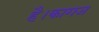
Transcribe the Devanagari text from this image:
है।कागज